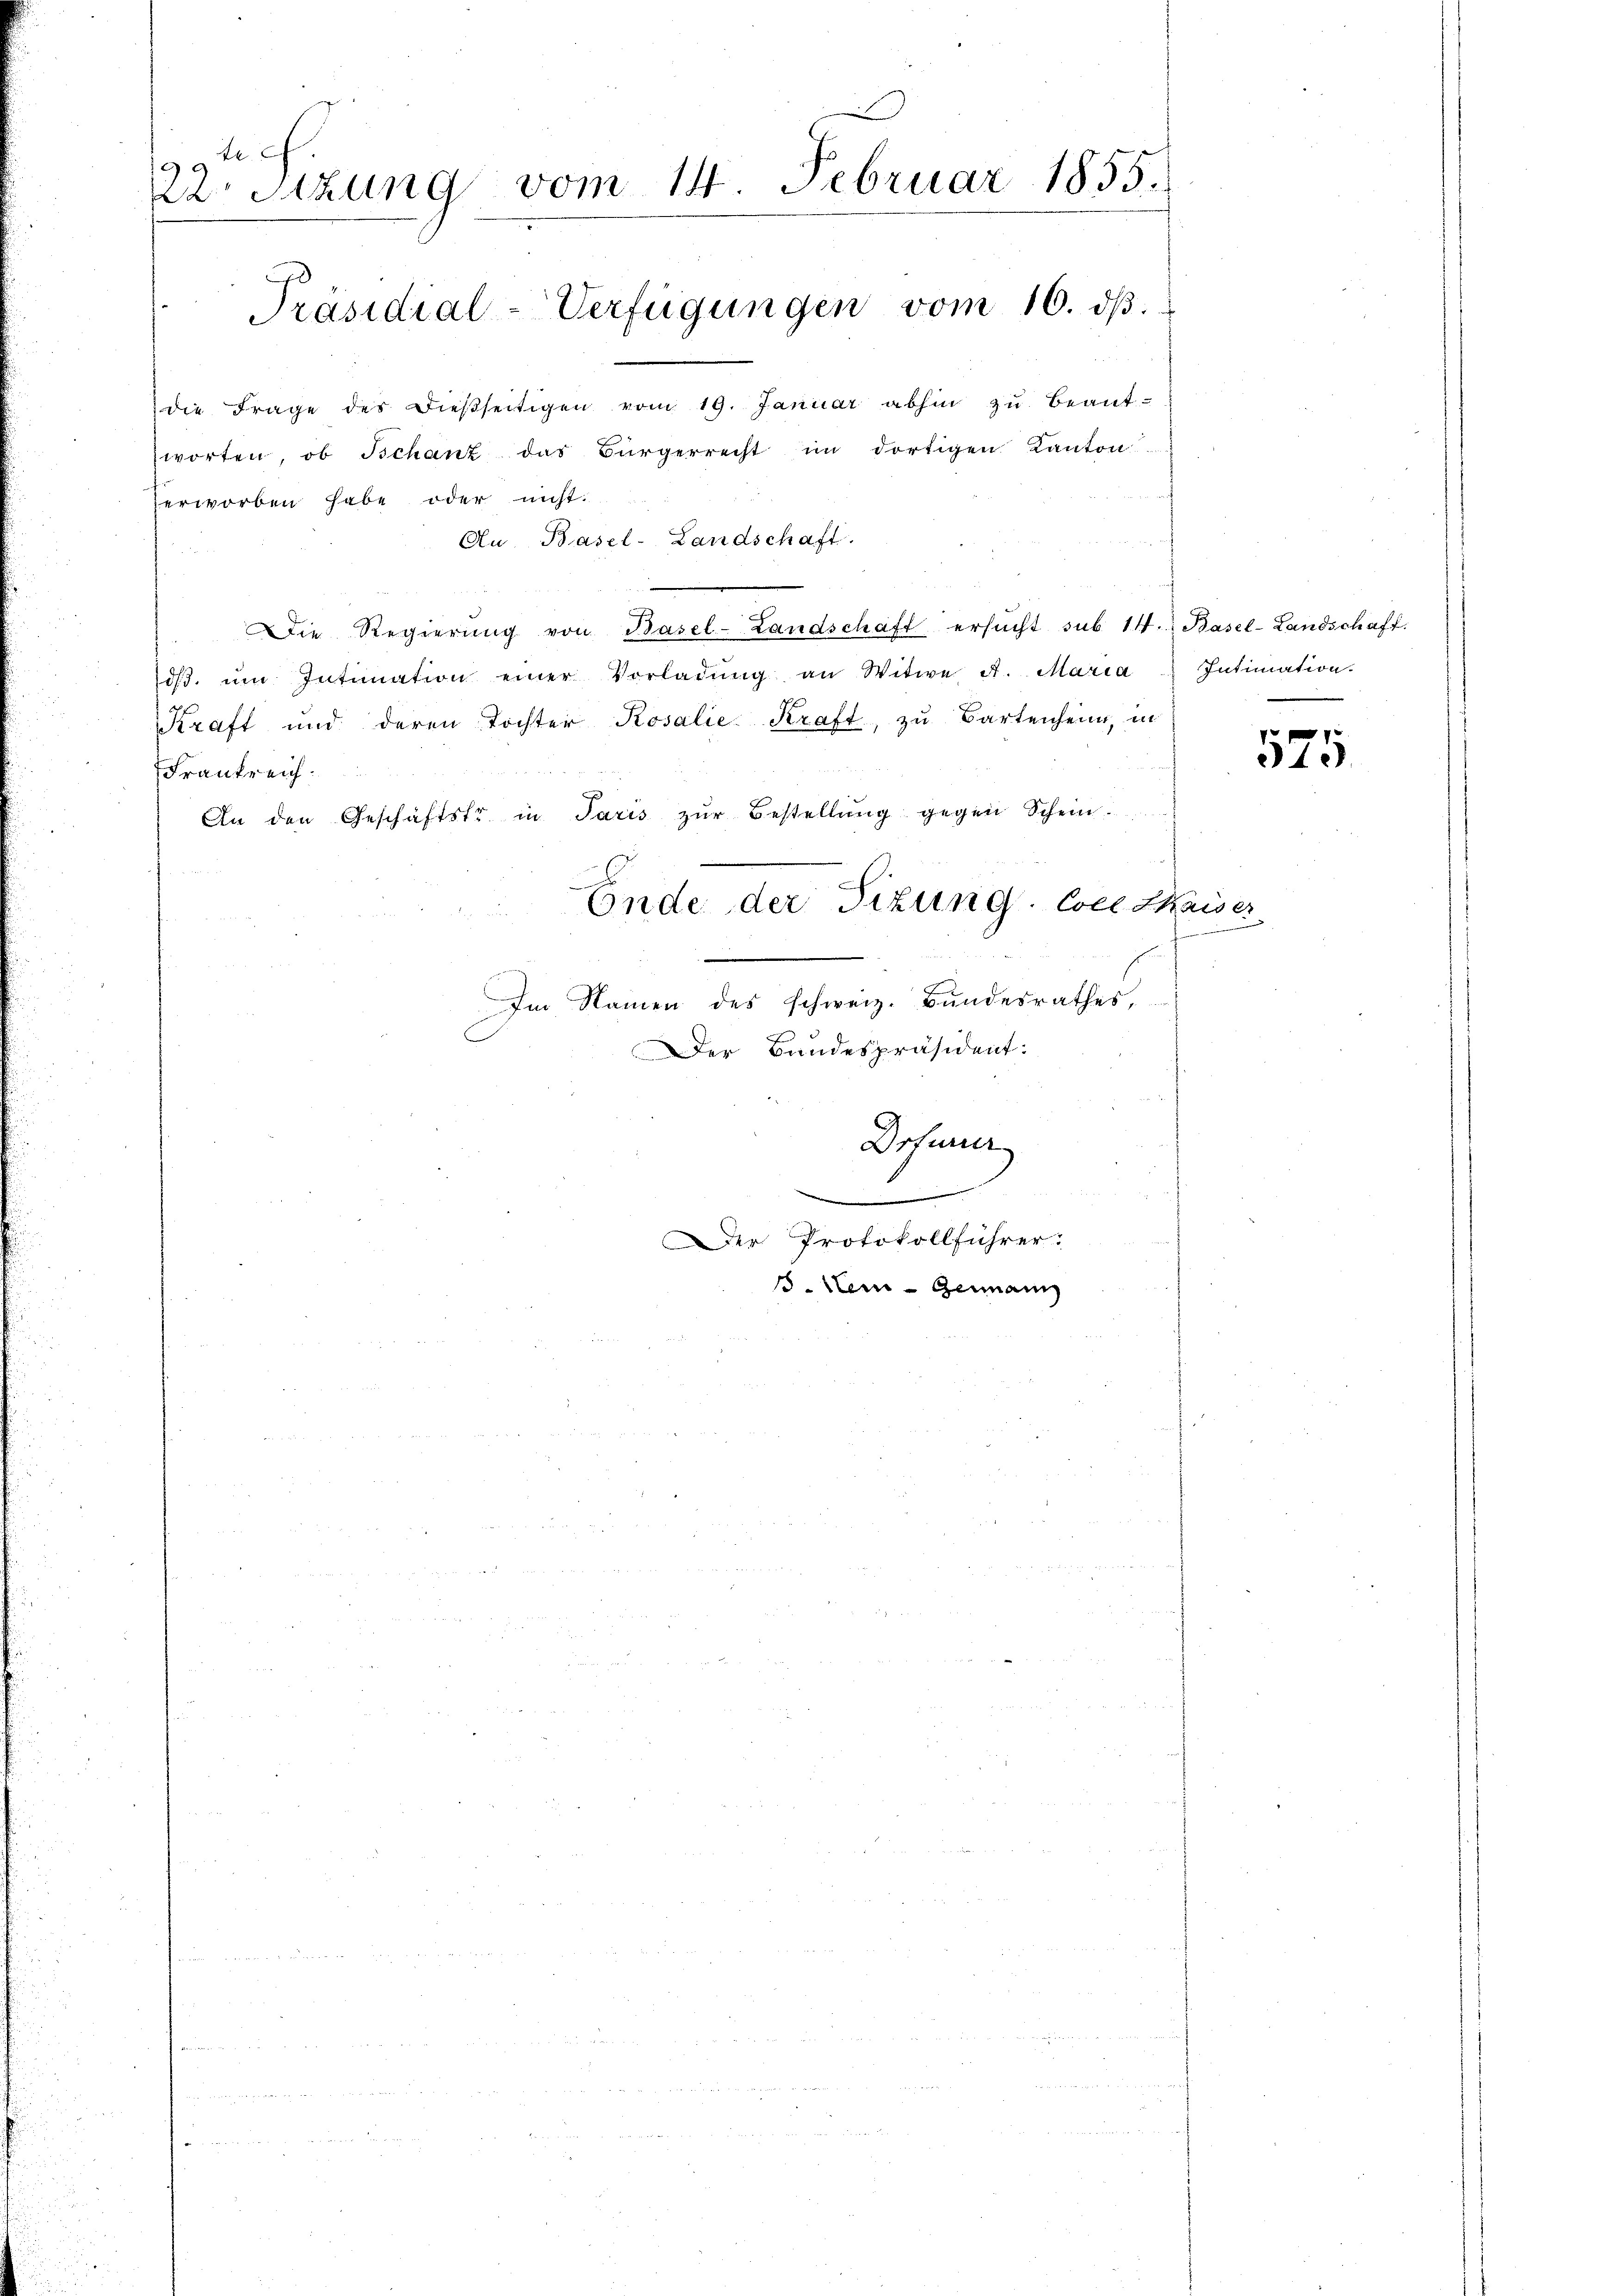
22 Stzung vom 14. Februar 1855.
Präsidial-Verfügungen vom 16. dβ.

die Frage des dieβseitigen vom 19. Januar abhin zŭ beant-
worten, ob Schanz das Bürgerrecht im dortigen Kanton
erworben habe oder nicht.
Au, Basel-Landschaft.
Die Regierŭng von Basel-Landschaft ersucht sub 14. Basel-Landschaft.
dβ. ŭm Intimation einer Vorladŭng an Witwe A. Maria
Kraft und deren Tochter Rosalie Kraft, zu Bartenheim, in
Frankreich
An den Geschäftstr in Paris zur Bestellung gegen Schein
Ende der Titung. Coll Kaiser
Im Namen des schweiz. Bundesrathes,
Der Bandespräsident:

5. Sei - Genann

Dofurner

Der Protokollführer.

Intimation.
.

d

f
340.